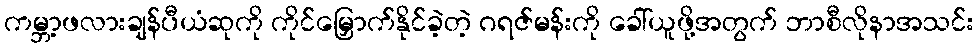
ကမ္ဘာ့ဖလားချန်ပီယံဆုကို ကိုင်မြှောက်နိုင်ခဲ့တဲ့ ဂရဇ်မန်းကို ခေါ်ယူဖို့အတွက် ဘာစီလိုနာအသင်း